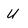
Character: U